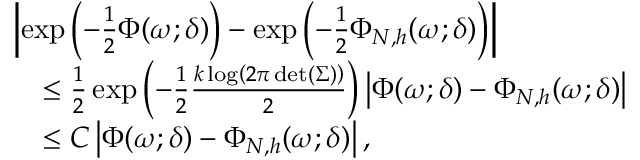
\begin{array} { r l } & { \left| \exp \left( - \frac { 1 } { 2 } \Phi ( \omega ; \delta ) \right) - \exp \left( - \frac { 1 } { 2 } \Phi _ { N , h } ( \omega ; \delta ) \right) \right| } \\ & { \quad \le \frac { 1 } { 2 } \exp \left( - \frac { 1 } { 2 } \frac { k \log \left( 2 \pi \operatorname* { d e t } ( \Sigma ) \right) } { 2 } \right) \left| \Phi ( \omega ; \delta ) - \Phi _ { N , h } ( \omega ; \delta ) \right| } \\ & { \quad \le C \left| \Phi ( \omega ; \delta ) - \Phi _ { N , h } ( \omega ; \delta ) \right| , } \end{array}